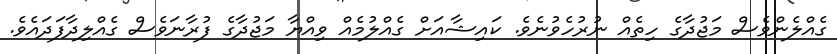
ގެއްލެންވެސް މަޖުދާގެ ހިތެއް ނުރުހެވުނެވެ. ކައިޝާއަށް ގެއްލުމެއް ވިއްޔާ މަޖުދާގެ ފުރާނަވެސް ގެއްލިދާފަދައެވެ.